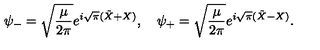
\psi _ { - } = \sqrt { { \frac { \mu } { 2 \pi } } } e ^ { i \sqrt { \pi } ( \tilde { X } + X ) } , \quad \psi _ { + } = \sqrt { { \frac { \mu } { 2 \pi } } } e ^ { i \sqrt { \pi } ( \tilde { X } - X ) } .